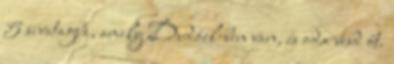
5 sivatagba, amely Dudáel-ben van, és oda vesd őt.